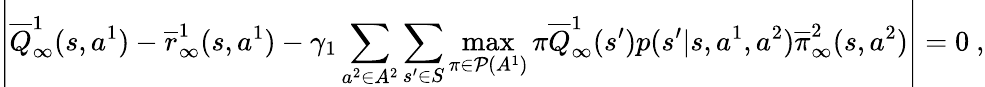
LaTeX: \left|\overline{{Q}}_{\infty}^{1}(s,a^{1})-\overline{{r}}_{\infty}^{1}(s,a^{1})-\gamma_{1}\sum_{a^{2}\in A^{2}}\sum_{s^{\prime}\in S}\operatorname*{max}_{\pi\in\mathcal P(A^{1})}\pi\overline{{Q}}_{\infty}^{1}(s^{\prime})p(s^{\prime}|s,a^{1},a^{2})\overline{{\pi}}_{\infty}^{2}(s,a^{2})\right|=0\ ,